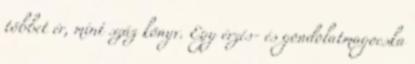
többet ér, mint száz könyv. Egy érzés- és gondolatmagocska